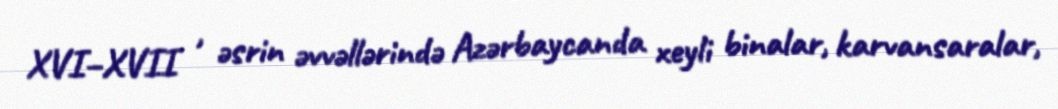
XVI–XVII , əsrin əvvəllərində Azərbaycanda xeyli binalar, karvansaralar,